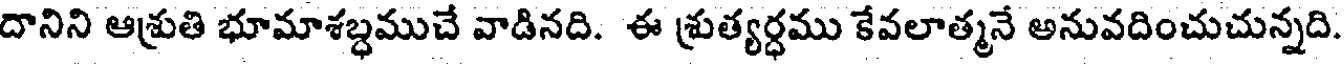
దానిని ఆశ్రుతి భూమాశబ్ధముచే వాడినది. ఈ శ్రుత్యర్ధము కేవలాత్మనే అనువదించుచున్నది.